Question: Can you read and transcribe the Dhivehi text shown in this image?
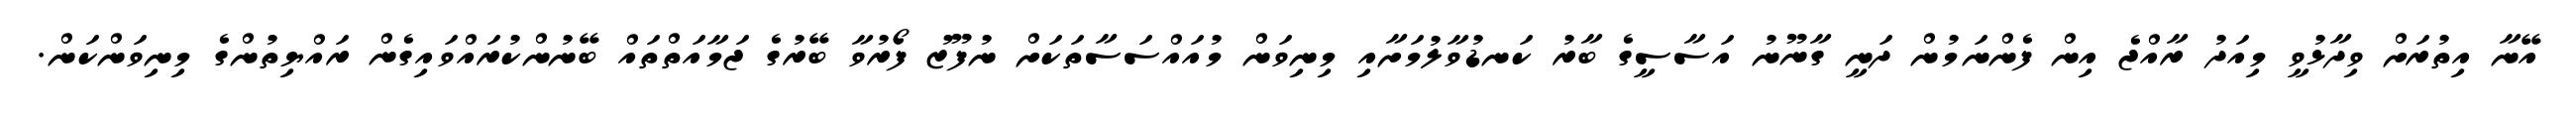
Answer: އޭނާ އިތުރަށް ވިދާޅުވީ މިއަދު ރާއްޖެ އިން ފެންނަމުން ދަނީ ގާނޫނު އަސާސީގެ ބާރު ކަނޑުވާލުމަށާއި މިނިވަން މުއައްސަސާތަކަށް ނުފޫޒު ފޯރުވާ ބޭރުގެ ޖަމާއަތްތައް ބޭނުންކުރައްވައިގެން ރައްޔިތުންގެ މިނިވަންކަން.